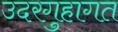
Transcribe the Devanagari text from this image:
उदरगुहागत